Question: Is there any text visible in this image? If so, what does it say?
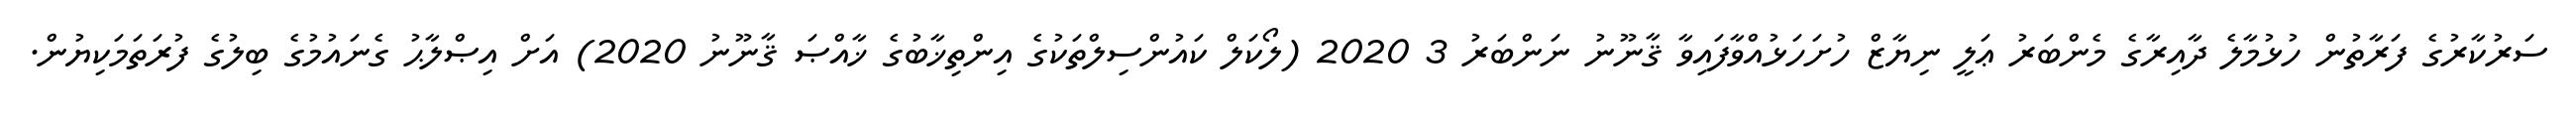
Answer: ސަރުކާރުގެ ފަރާތުން ހުޅުމާލެ ދާއިރާގެ މެންބަރު ޢަލީ ނިޔާޒް ހުށަހަޅުއްވާފައިވާ ޤާނޫނު ނަންބަރު 3 2020 (ލޯކަލް ކައުންސިލްތަކުގެ އިންތިޚާބުގެ ޚާއްޞަ ޤާނޫނު 2020) އަށް އިޞްލާޙު ގެނައުމުގެ ބިލުގެ ފުރަތަމަކިޔުން.